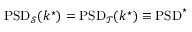
\mathrm { P S D } _ { \mathcal { S } } ( k ^ { \star } ) = \mathrm { P S D } _ { \mathcal { T } } ( k ^ { \star } ) \equiv \mathrm { P S D } ^ { \star }